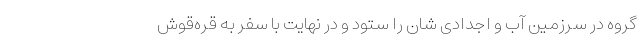
گروه در سرزمین آب و اجدادی شان را ستود و در نهایت با سفر به قره‌قوش